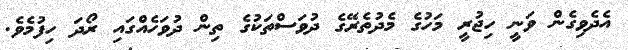
އެދެވިގެން ވަނީ ހިޖުރީ މަހުގެ މެދުތެރޭގެ ދުވަސްތަކުގެ ތިން ދުވަހެއްގައި ރޯދަ ހިފުމެވެ.